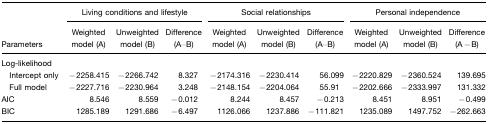
<table><thead><tr><td></td><td colspan="3"><b>Living conditions and lifestyle</b></td><td colspan="3"><b>Social relationships</b></td><td colspan="3"><b>Personal independence</b></td></tr><tr><td><b>Parameters</b></td><td><b>Weighted model (A)</b></td><td><b>Unweighted model (B)</b></td><td><b>Difference (A–B)</b></td><td><b>Weighted model (A)</b></td><td><b>Unweighted model (B)</b></td><td><b>Difference (A–B)</b></td><td><b>Weighted model (A)</b></td><td><b>Unweighted model (B)</b></td><td><b>Difference (A−B)</b></td></tr></thead><tbody><tr><td>Log-likelihood</td><td></td><td></td><td></td><td></td><td></td><td></td><td></td><td></td><td></td></tr><tr><td> Intercept only</td><td>−2258.415</td><td>−2266.742</td><td>8.327</td><td>−2174.316</td><td>−2230.414</td><td>56.099</td><td>−2220.829</td><td>−2360.524</td><td>139.695</td></tr><tr><td> Full model</td><td>−2227.716</td><td>−2230.964</td><td>3.248</td><td>−2148.154</td><td>−2204.064</td><td>55.91</td><td>−2202.666</td><td>−2333.997</td><td>131.332</td></tr><tr><td>AIC</td><td>8.546</td><td>8.559</td><td>−0.012</td><td>8.244</td><td>8.457</td><td>−0.213</td><td>8.451</td><td>8.951</td><td>−0.499</td></tr><tr><td>BIC</td><td>1285.189</td><td>1291.686</td><td>−6.497</td><td>1126.066</td><td>1237.886</td><td>−111.821</td><td>1235.089</td><td>1497.752</td><td>−262.663</td></tr></tbody></table>